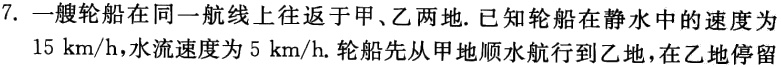
7. 一艘轮船在同一航线上往返于甲、乙两地. 已知轮船在静水中的速度为

$15\ \text{km/h}$,水流速度为$5\ \text{km/h}$. 轮船先从甲地顺水航行到乙地，在乙地停留